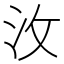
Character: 㳊